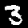
Digit: 3